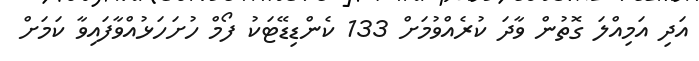
އަދި އަމިއްލަ ގޮތުން ވާދަ ކުރެއްވުމަށް 133 ކެންޑިޑޭޓަކު ފޯމް ހުށަހަޅުއްވާފައިވާ ކަމަށް